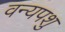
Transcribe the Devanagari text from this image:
वन्यपशु